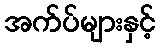
အက်ပ်များနှင့်